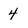
Character: 4